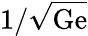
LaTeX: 1/\sqrt{\mathrm{Ge}}